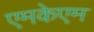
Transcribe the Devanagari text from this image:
एमकेएम